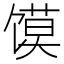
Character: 馍